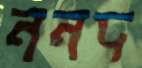
ননদ